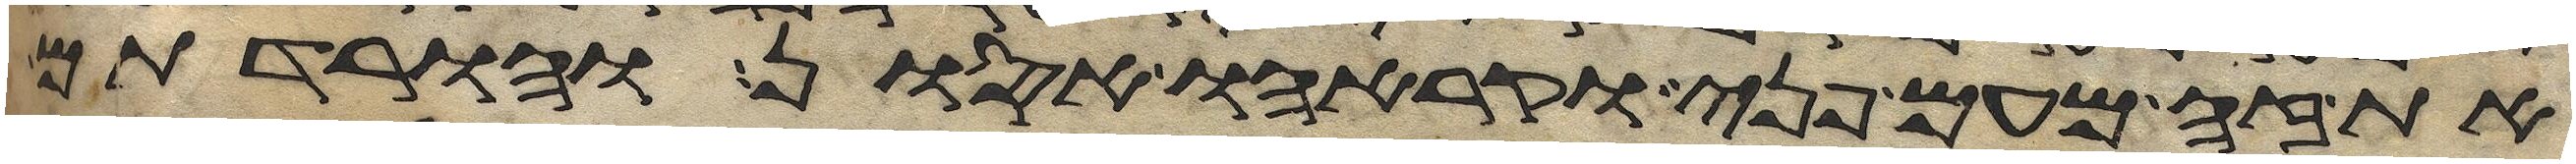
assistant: את זה מעם פני וקראהו אסון והורדתם